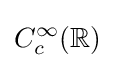
C_{c}^{\infty }(\mathbb {R} )